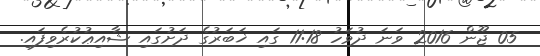
05 ޖޫން 2016 ވަނަ ދުވަހު 11:18 ގައި ޚަބަރުގެ ދަށުގައި ޝާއިޢުކުރެވިފައި.